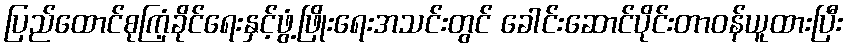
ပြည်ထောင်စုကြံ့ခိုင်ရေးနှင့်ဖွံ့ဖြိုးရေးအသင်းတွင် ခေါင်းဆောင်ပိုင်းတာဝန်ယူထားပြီး